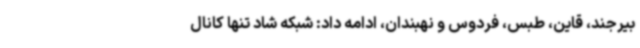
بیرجند، قاین، طبس، فردوس و نهبندان، ادامه داد: شبکه شاد تنها کانال